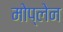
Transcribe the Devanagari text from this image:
मोप्लेन